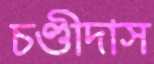
চণ্ডীদাস